system: You are a helpful assistant.
user:
Analyze the provided spectrum to determine if it is a **S-type Star**.

- **Key Indicators for S-type Star:**

    - **(Overall Spectrum Shape):** The first and most obvious characteristic is the overall continuum (the "baseline" shape). It is **extremely "red-sloping,"** meaning the flux (light intensity) is very low on the left side (blue, ~4000-4500 Å) and rises steeply and continuously toward the right side (red, ~7000 Å+).

    - **(Primary):** The spectrum is defined by the presence of strong, broad molecular absorption "valleys" (bands) from **Zirconium Oxide (ZrO)**. The identification of these bands is the **primary requirement** for classifying a star as S-type.
        - **(Key Bandheads):** You must find distinct, deep "dips" where the light has been absorbed. The most critical band systems to locate are:
            - **~6474 Å** ($\gamma$-system): This is often the strongest and clearest ZrO feature, found in the red part of the spectrum.
            - **~5718 Å** & **~5551 Å** ($\beta$-system): A pair of prominent absorption features in the yellow-orange part of the spectrum.
            - **~4640 Å** ($\alpha$-system): A key absorption band system in the blue-green region of the spectrum.

    - **(Secondary Confirmation):** The classification is strengthened by finding additional absorption bands from other related heavy element oxides, which are expected to be present alongside ZrO.
        - **(Key Bandheads):**
            - **Yttrium Oxide (YO):** Look for absorption dips near **~4800 Å** and **~6100 Å**.
            - **Lanthanum Oxide (LaO):** Additional absorption features, particularly in the red-orange part of the spectrum, are also characteristic.

    - **(Line Profile):** The combination of the steep red continuum and these numerous, deep molecular bands (ZrO, YO, etc.) gives the entire spectrum a very **"chopped-up"** or **"bumpy"** appearance. Instead of a smooth curve, the spectrum looks as though large, wide chunks of light have been "carved out" of it at the specific wavelengths listed above.

Think first, call **spectral_visualization_tool** if needed to examine features in detail, then provide your final answer. Your response must adhere to the following strict rules:
1.  **Overall Structure:** Your response must follow the format `<think>...</think> <tool_call>...</tool_call> (if a tool is used) <answer>...</answer>`.
2.  **Tool Usage Constraint:** You may only make **one** tool call per turn.
3.  **Final Answer Format:** In the `<answer>` tag, your conclusion must be inside a `\boxed{}` command (e.g., `\boxed{YES}` or `\boxed{NO}`), followed by your justification.

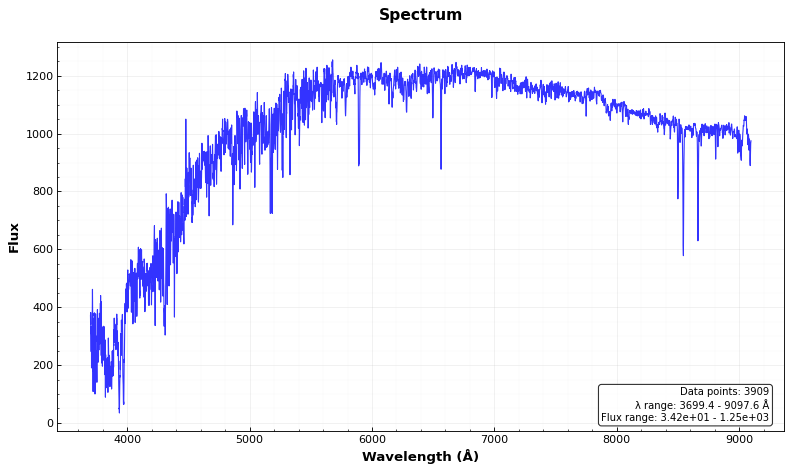
Answer: YES